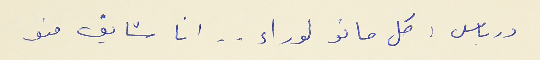
درباس : كل مانو لوراء . . انا شايف منو